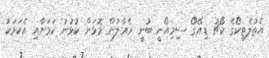
އެތުލެޓިކޯގެ ކޯޗު ޑިއޭގޯ ސިމިއޯނީ ބުނީ ރެއާލުން މޮޅަށް ކުޅުނު ކަމަށާއި އެކަމަކު